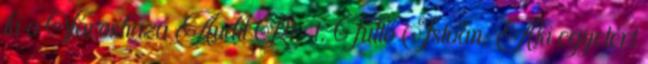
ki a Városháza Audit Rt-t. Tüttő István: Aki egyetért